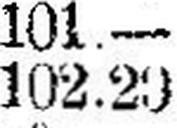
102.20